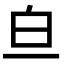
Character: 𬐃